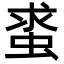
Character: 𧋛